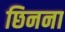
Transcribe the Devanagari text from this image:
छिनना